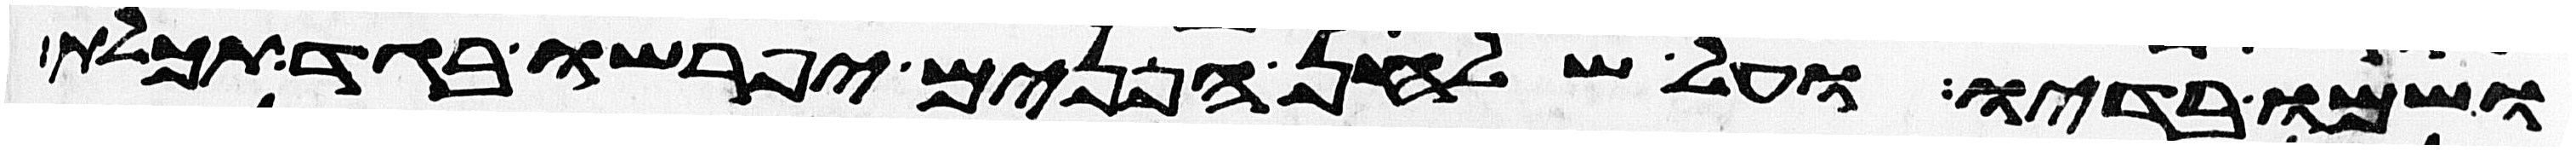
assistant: ושמו בדיו ועל שלחן הפנים יפרשו בגד תכלת